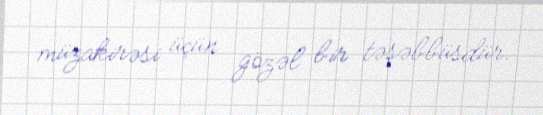
müzakirəsi üçün gözəl bir təşəbbüsdür.